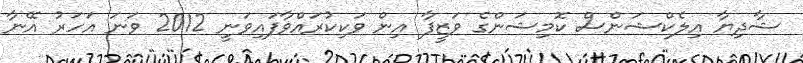
ޝާދިޔާ އިލެކްޝަންސް ކޮމިޝަންގެ ވަޒީފާ އިން ވަކިކުރައްވާފައިވަނީ 2012 ވަނަ އަހަރު އޭނާ